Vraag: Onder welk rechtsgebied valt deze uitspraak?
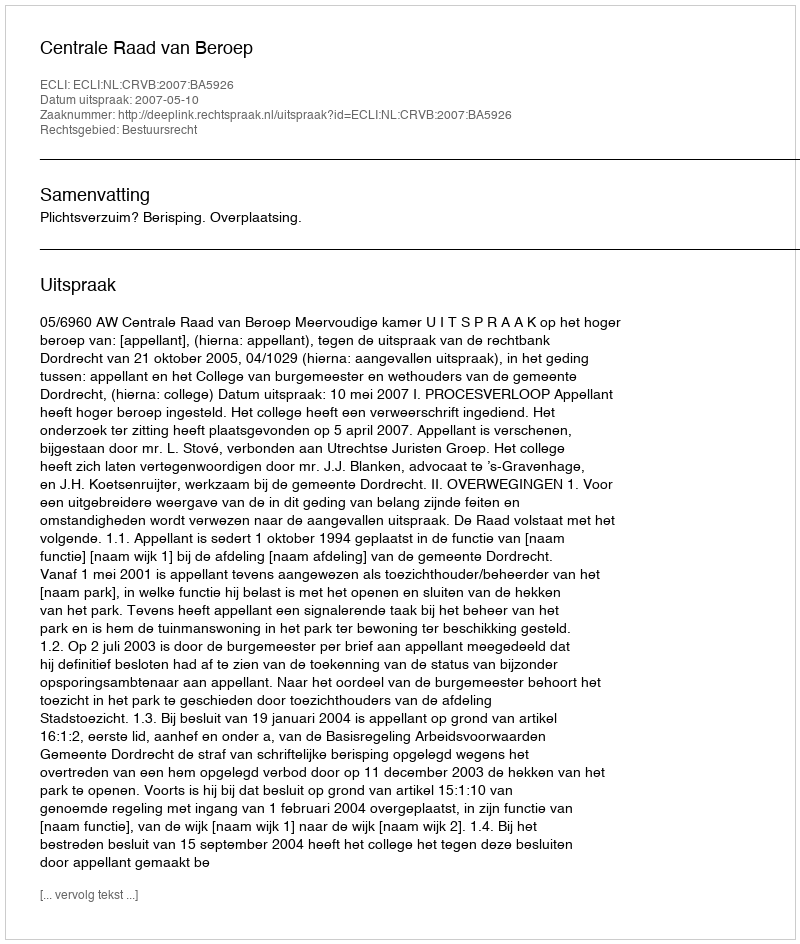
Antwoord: Bestuursrecht